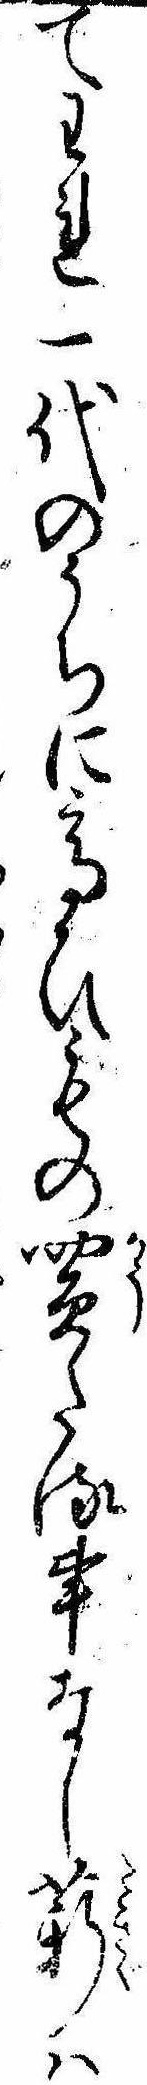
てわれ一代のうちに高ひもの買たる事なし薪は